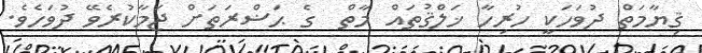
ޤިޔާމަތް ދުވަހަކީ ހުރިހާ ޚަލްޤުތައް މާތް  ގެ ޙަޟްރަތަށް ޖަމާކުރެވޭ ދުވަހެވެ.